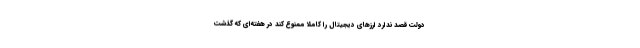
دولت قصد ندارد ارزهای دیجیتال را کاملاً ممنوع کند در هفته‌ای که گذشت